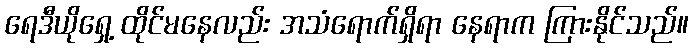
ရေဒီယိုရှေ့ ထိုင်မနေလည်း အသံရောက်ရှိရာ နေရာက ကြားနိုင်သည်။